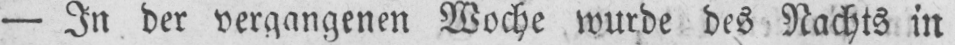
- In der vergangenen Woche wurde des Nachts in